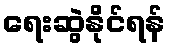
ရေးဆွဲနိုင်ရန်